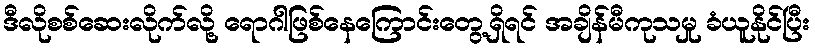
ဒီလိုစစ်ဆေးလိုက်လို့ ရောဂါဖြစ်နေကြောင်းတွေ့ရှိရင် အချိန်မီကုသမှု ခံယူနိုင်ပြီး